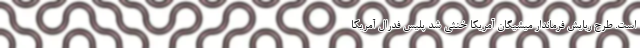
است. طرح ربایش فرماندار میشیگان آمریکا خنثی شد پلیس فدرال آمریکا